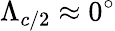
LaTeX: \Lambda_{c/2}\approx 0^{\circ}